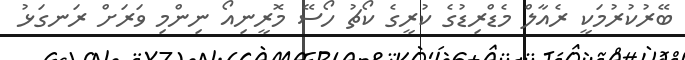
ބޭރުކުރުމަކީ ރެއާލް މެޑްރިޑުގެ ކުރީގެ ކޯޗު ހޯސޭ މޮރީނިއޯ ނިންމި ވަރަށް ރަނގަޅު